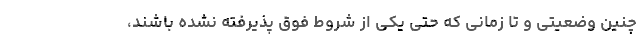
چنین وضعیتی و تا زمانی که حتی یکی از شروط فوق پذیرفته نشده باشند،